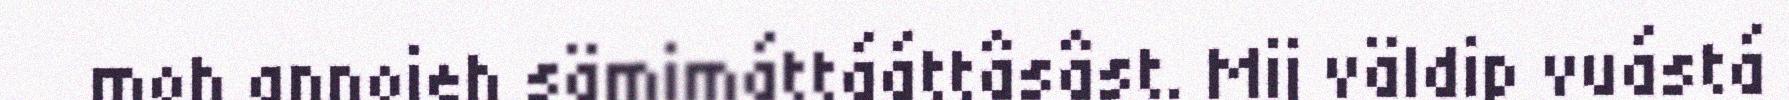
moh annojeh sämimáttááttâsâst. Mij väldip vuástá